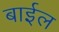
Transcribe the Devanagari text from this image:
बाईल